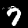
Label: 7